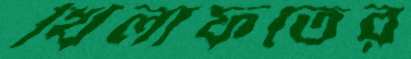
খিলাফতের